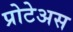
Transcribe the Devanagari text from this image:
प्रोटेअस